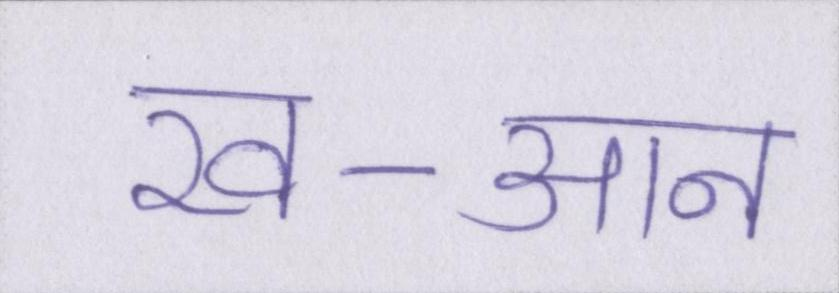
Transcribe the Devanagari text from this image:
ख-आन